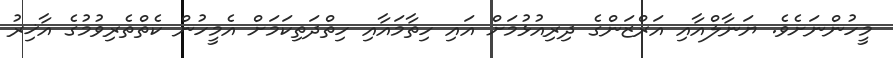
މީހުންނަށެވެ. ޔަނާލްއާއި އަރްޒަންގެ ދިރިއުޅުމަށް އައި ހިތާމައާއި ހިތްދަތިކަމަށް އެމީހުން ކެތްތެރިވުމުގެ އާޚިރު